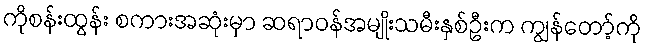
ကိုစန်းထွန်း စကားအဆုံးမှာ ဆရာဝန်အမျိုးသမီးနှစ်ဦးက ကျွန်တော့်ကို